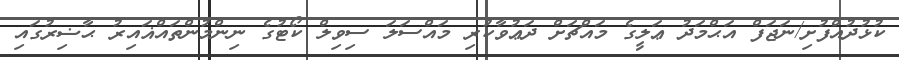
ކުޅުދުއްފުށި/ނަޖަފް އަޙްމަދު ޢަލީގެ މައްޗަށް ދަޢުވާކުރި މައްސަލަ ސިވިލް ކޯޓުގެ ނިންމުންތައްޣައިރު ޙާޟިރުގައި